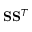
\mathbf { S } \mathbf { S } ^ { T }